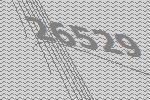
26529